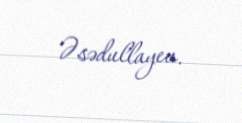
Əsədullayev.